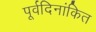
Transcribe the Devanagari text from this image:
पूर्वदिनांकित